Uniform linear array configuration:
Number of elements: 8
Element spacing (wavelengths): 0.25
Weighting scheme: exponential
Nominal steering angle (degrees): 15
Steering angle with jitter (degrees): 16.026
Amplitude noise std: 0.05
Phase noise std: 0.05

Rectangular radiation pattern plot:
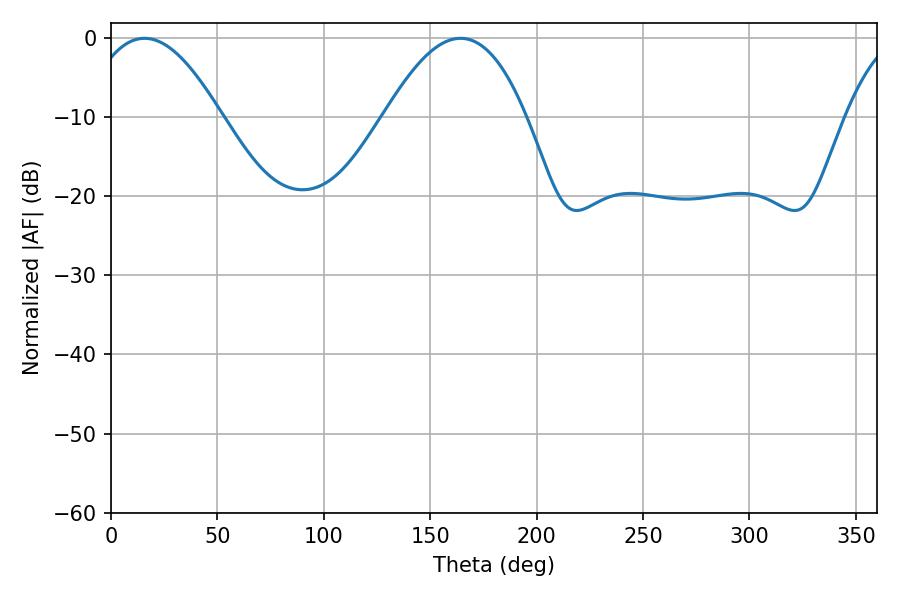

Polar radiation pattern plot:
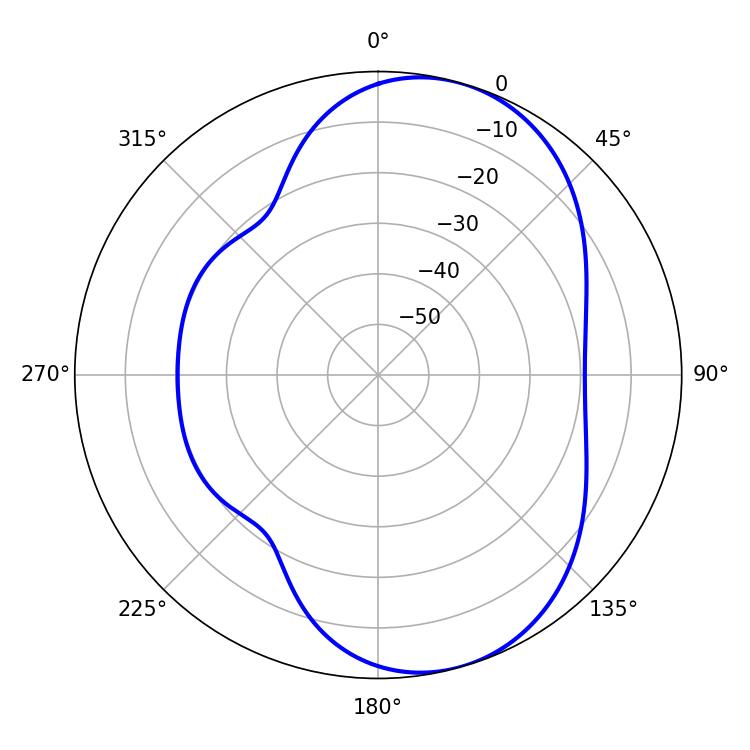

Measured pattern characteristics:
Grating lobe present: FALSE
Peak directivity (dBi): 7.013
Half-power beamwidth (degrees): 34.74
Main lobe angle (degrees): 15.84